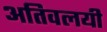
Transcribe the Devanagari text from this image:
अतिवलयी